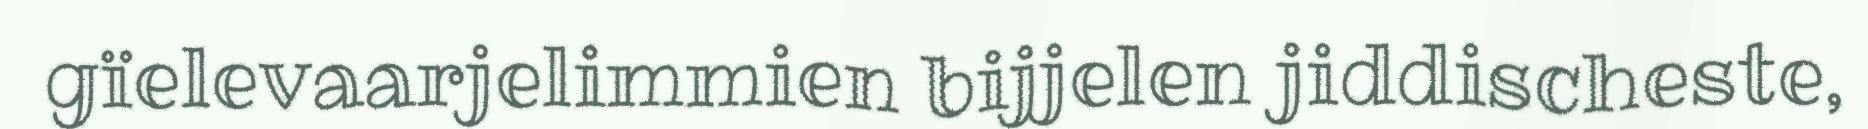
gïelevaarjelimmien bijjelen jiddischeste,